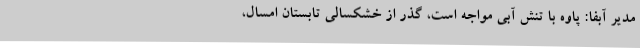
مدیر آبفا: پاوه با تنش آبی مواجه است، گذر از خشکسالی تابستان امسال،